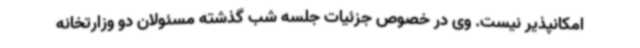
امکانپذیر نیست. وی در خصوص جزئیات جلسه شب گذشته مسئولان دو وزارتخانه